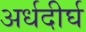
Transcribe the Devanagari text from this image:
अर्धदीर्घ